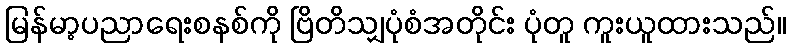
မြန်မာ့ပညာရေးစနစ်ကို ဗြိတိသျှပုံစံအတိုင်း ပုံတူ ကူးယူထားသည်။